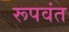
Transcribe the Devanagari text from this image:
रूपवंत